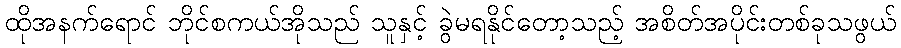
ထိုအနက်ရောင် ဘိုင်စကယ်အိုသည် သူနှင့် ခွဲမရနိုင်တော့သည့် အစိတ်အပိုင်းတစ်ခုသဖွယ်